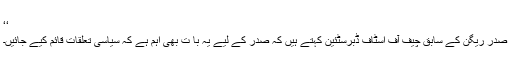
‘‘
صدر ریگن کے سابق چیف آف اسٹاف ڈبرسٹئین کہتے ہیں کہ صدر کے لیے یہ با ت بھی اہم ہے کہ سیاسی تعلقات قائم کیے جائیں۔